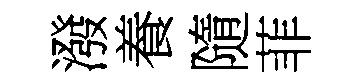
潑養隨菲